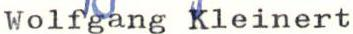
Wolfgang Kleinert